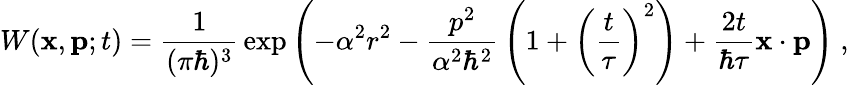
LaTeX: W(\mathbf{x},\mathbf{p};t)={\frac{1}{(\pi\hbar)^{3}}}\exp{\left(-\alpha^{2}r^{2}-{\frac{p^{2}}{\alpha^{2}\hbar^{2}}}\left(1+\left({\frac{t}{\tau}}\right)^{2}\right)+{\frac{2t}{\hbar\tau}}\mathbf{x}\cdot\mathbf{p}\right)}~,